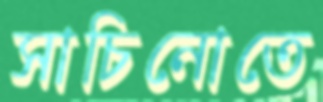
সাচিনোতে